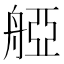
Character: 𦩒